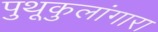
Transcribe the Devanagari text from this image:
पुथूकुलांगारा